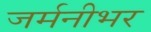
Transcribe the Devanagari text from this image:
जर्मनीभर